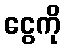
ငွေကို